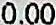
0.00